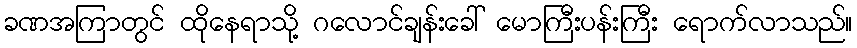
ခဏအကြာတွင် ထိုနေရာသို့ ဂလောင်ချန်းခေါ် မောကြီးပန်းကြီး ရောက်လာသည်။